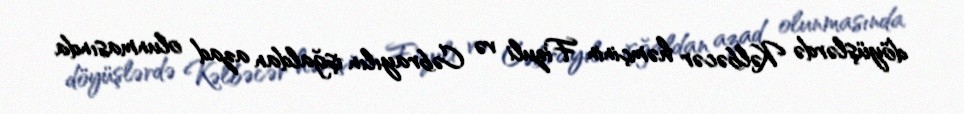
döyüşlərdə Kəlbəcər həmçinin Fizuli və Cəbrayılın işğaldan azad olunmasında